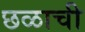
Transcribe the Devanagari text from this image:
छळाची